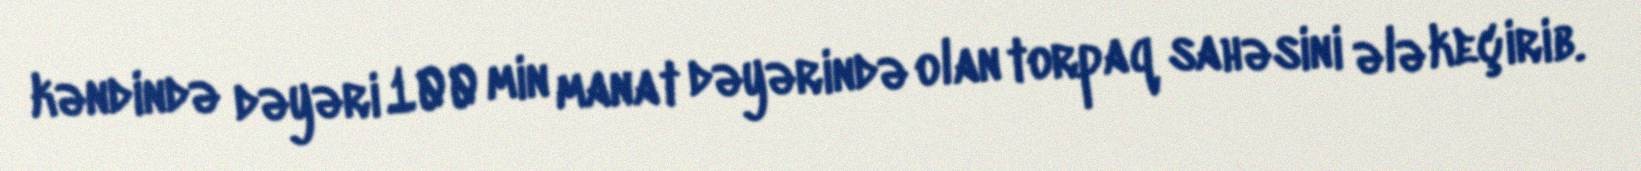
kəndində dəyəri 100 min manat dəyərində olan torpaq sahəsini ələ keçirib.